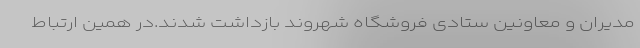
مدیران و معاونین ستادی فروشگاه شهروند بازداشت شدند.در همین ارتباط